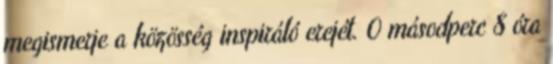
megismerje a közösség inspiráló erejét. 0 másodperc 8 óra